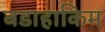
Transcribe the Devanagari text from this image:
बडाहाकिम